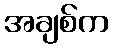
အချစ်က